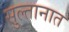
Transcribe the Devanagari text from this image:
सुल्तानात